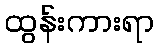
ထွန်းကားရာ